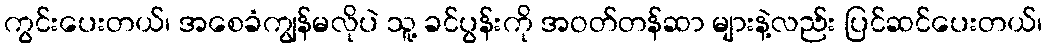
ကွင်းပေးတယ်၊ အစေခံကျွန်မလိုပဲ သူ့ ခင်ပွန်းကို အဝတ်တန်ဆာ များနဲ့လည်း ပြင်ဆင်ပေးတယ်၊